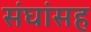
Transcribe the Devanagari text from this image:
संघांसह